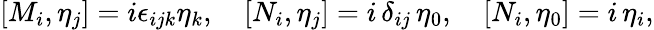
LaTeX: [M_{i},\eta_{j}]=i\epsilon_{ijk}\eta_{k},\quad[N_{i},\eta_{j}]=i\, \delta_{ij}\, \eta_{0},\quad[N_{i},\eta_{0}]=i\, \eta_{i},